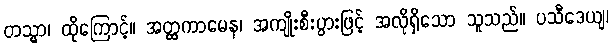
တသ္မာ၊ ထိုကြောင့်။ အတ္ထကာမေန၊ အကျိုးစီးပွားဖြင့် အလိုရှိသော သူသည်။ ပသီဒေယျ၊